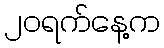
၂၀ရက်နေ့က